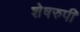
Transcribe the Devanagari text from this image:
शेषरुपी